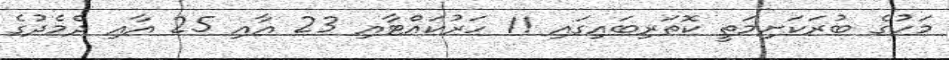
މަހުގެ ބުރަކަށިމަތީ ކޮތަރިބައިގައި 11 ހަރުކައްޓާއި 23 އާއި 25 އާއި ދެމެދުގެ